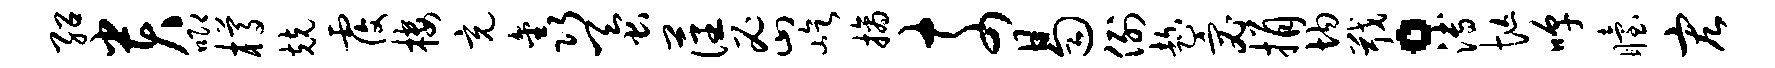
绍贵唧樽兢覆楼充鑫蚕藩密屹摘奈曷例趁宓捐均戢。溥忙嗥眙宏